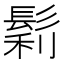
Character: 鬁